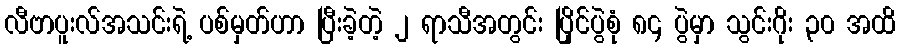
လီဗာပူးလ်အသင်းရဲ့ ပစ်မှတ်ဟာ ပြီးခဲ့တဲ့ ၂ ရာသီအတွင်း ပြိုင်ပွဲစုံ ၈၄ ပွဲမှာ သွင်းဂိုး ၃၀ အထိ